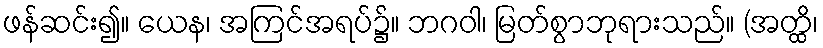
ဖန်ဆင်း၍။ ယေန၊ အကြင်အရပ်၌။ ဘဂဝါ၊ မြတ်စွာဘုရားသည်။ (အတ္ထိ၊